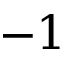
- 1